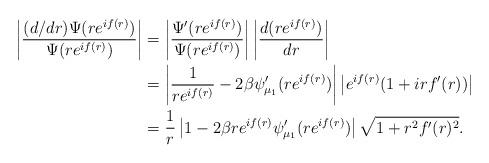
LaTeX: \begin{align*}\left|\frac{(d/dr)\Psi(re^{if(r)})}{\Psi(re^{if(r)})}\right| & =\left|\frac{\Psi'(re^{if(r)})}{\Psi(re^{if(r)})}\right|\left|\frac{d(re^{if(r)})}{dr}\right|\\ & =\left|\frac{1}{re^{if(r)}}-2\beta\psi'_{\mu_{1}}(re^{if(r)})\right|\left|e^{if(r)}(1+irf'(r))\right|\\ & =\frac{1}{r}\left|1-2\beta re^{if(r)}\psi'_{\mu_{1}}(re^{if(r)})\right|\sqrt{1+r^{2}f'(r)^{2}}.\end{align*}